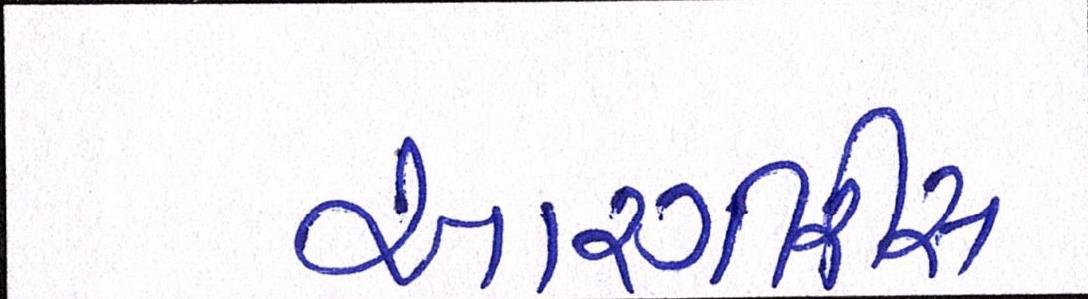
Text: આરગીરીસ